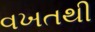
વખતથી